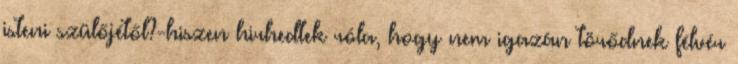
isteni szülőjétől?-hiszen hirhedtek róla, hogy nem igazán törődnek félvér